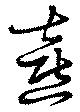
憙